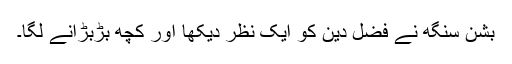
بشن سنگھ نے فضل دین کو ایک نظر دیکھا اور کچھ بڑبڑانے لگا۔